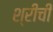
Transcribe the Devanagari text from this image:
श्रीची